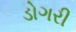
ડોગરી